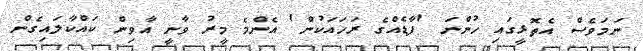
ނަމަވެސް އެތޮޅީގައި ހުންނަ 'ފާޑެއްގެ ރަހައަކުން' އެންމެ މީރު ވާނީ އާވިން ކައްކާލައިގެން